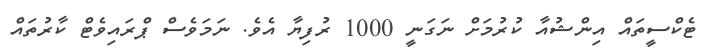
ޓެކްސީތައް އިންޝުއާ ކުރުމަށް ނަގަނީ 1000 ރުފިޔާ އެވެ. ނަމަވެސް ޕްރައިވެޓް ކާރުތައް